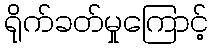
ရိုက်ခတ်မှုကြောင့်